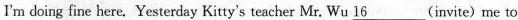
I'm doing fine here.Yesterday Kitty's teacher Mr. Wu 16___(invite) me to